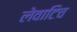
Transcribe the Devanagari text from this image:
लेवाटिच